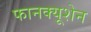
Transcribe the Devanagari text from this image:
फानक्यूशेन